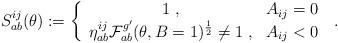
LaTeX: \begin{align*}S_{ab}^{ij}(\theta ):=\left\{ \begin{array}{cc}1\;, & A_{ij}=0 \\ \eta _{ab}^{ij}\mathcal{F}_{ab}^{g^{\prime }}(\theta ,B=1)^{\frac{1}{2}}\neq1\;, & A_{ij}<0\end{array}\right. \;. \end{align*}